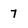
Character: 7